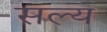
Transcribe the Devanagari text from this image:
सल्य